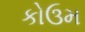
કોઉમ